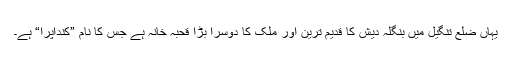
یہاں ضلع تنگیل میں بنگلہ دیش کا قدیم ترین اور ملک کا دوسرا بڑا قحبہ خانہ ہے جس کا نام ”کنداپرا“ ہے۔